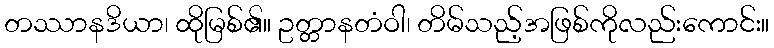
တဿာနဒိယာ၊ ထိုမြစ်၏။ ဥတ္တာနတံဝါ၊ တိမ်သည့်အဖြစ်ကိုလည်းကောင်း။